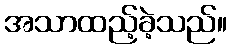
အသာထည့်ခဲ့သည်။